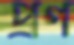
প্রণ